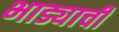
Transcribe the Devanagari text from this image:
भाड्याची